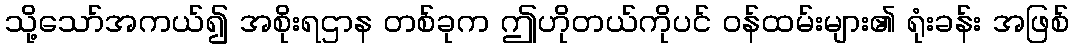
သို့သော်အကယ်၍ အစိုးရဌာန တစ်ခုက ဤဟိုတယ်ကိုပင် ဝန်ထမ်းများ၏ ရုံးခန်း အဖြစ်